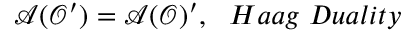
\mathcal { A } ( \mathcal { O } ^ { \prime } ) = \mathcal { A } ( \mathcal { O } ) ^ { \prime } , \, \, \, \, H a a g \, \, D u a l i t y